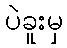
ပဲခူးမှ